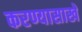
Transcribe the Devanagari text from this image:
करण्यासाखे